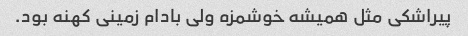
پیراشکی مثل همیشه خوشمزه ولی بادام زمینی کهنه بود.